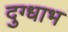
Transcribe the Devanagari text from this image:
दुग्धाभ